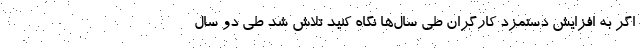
اگر به افزایش دستمزد کارگران طی سال‌ها نگاه کنید تلاش شد طی دو سال